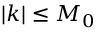
| k | \leq M _ { 0 }